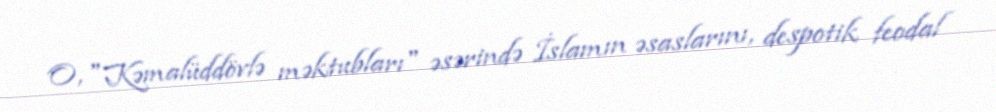
O, "Kəmalüddövlə məktubları" əsərində İslamın əsaslarını, despotik feodal